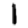
Digit: 1